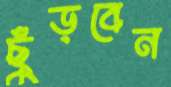
ছুঁড়বেন